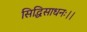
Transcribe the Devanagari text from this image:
सिद्धिसाधनः।।